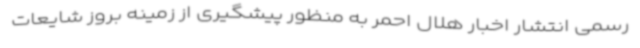
رسمی انتشار اخبار هلال احمر به منظور پیشگیری از زمینه بروز شایعات